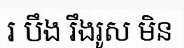
រ បឹង រឹងរូស មិន